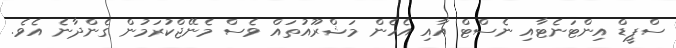
ސްޕީޑް އިންޓަނެޓާއި ނެސްޓް އާއި އެހެން މަޝްރޫއުތައް ވެސް މެނޭޖްކުރަމުން ގެންދާނެ އެވެ.